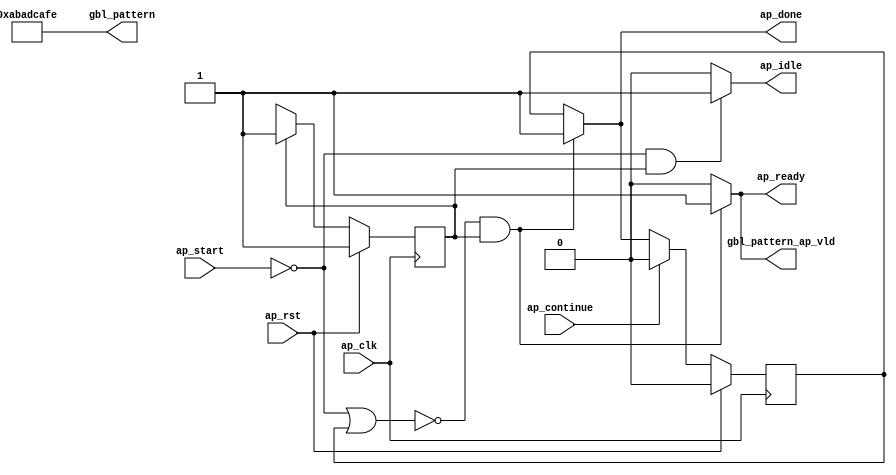
// ==============================================================
// RTL generated by Vivado(TM) HLS - High-Level Synthesis from C, C++ and SystemC
// Version: 2018.1
// Copyright (C) 1986-2018 Xilinx, Inc. All Rights Reserved.
// 
// ===========================================================

`timescale 1 ns / 1 ps 

module update (
        ap_clk,
        ap_rst,
        ap_start,
        ap_done,
        ap_continue,
        ap_idle,
        ap_ready,
        gbl_pattern,
        gbl_pattern_ap_vld
);

parameter    ap_ST_fsm_state1 = 1'd1;

input   ap_clk;
input   ap_rst;
input   ap_start;
output   ap_done;
input   ap_continue;
output   ap_idle;
output   ap_ready;
output  [31:0] gbl_pattern;
output   gbl_pattern_ap_vld;

reg ap_done;
reg ap_idle;
reg ap_ready;
reg gbl_pattern_ap_vld;

reg    ap_done_reg;
(* fsm_encoding = "none" *) reg   [0:0] ap_CS_fsm;
wire    ap_CS_fsm_state1;
reg    ap_block_state1;
reg   [0:0] ap_NS_fsm;

// power-on initialization
initial begin
#0 ap_done_reg = 1'b0;
#0 ap_CS_fsm = 1'd1;
end

always @ (posedge ap_clk) begin
    if (ap_rst == 1'b1) begin
        ap_CS_fsm <= ap_ST_fsm_state1;
    end else begin
        ap_CS_fsm <= ap_NS_fsm;
    end
end

always @ (posedge ap_clk) begin
    if (ap_rst == 1'b1) begin
        ap_done_reg <= 1'b0;
    end else begin
        if ((ap_continue == 1'b1)) begin
            ap_done_reg <= 1'b0;
        end else if ((~((ap_start == 1'b0) | (ap_done_reg == 1'b1)) & (1'b1 == ap_CS_fsm_state1))) begin
            ap_done_reg <= 1'b1;
        end
    end
end

always @ (*) begin
    if ((~((ap_start == 1'b0) | (ap_done_reg == 1'b1)) & (1'b1 == ap_CS_fsm_state1))) begin
        ap_done = 1'b1;
    end else begin
        ap_done = ap_done_reg;
    end
end

always @ (*) begin
    if (((ap_start == 1'b0) & (1'b1 == ap_CS_fsm_state1))) begin
        ap_idle = 1'b1;
    end else begin
        ap_idle = 1'b0;
    end
end

always @ (*) begin
    if ((~((ap_start == 1'b0) | (ap_done_reg == 1'b1)) & (1'b1 == ap_CS_fsm_state1))) begin
        ap_ready = 1'b1;
    end else begin
        ap_ready = 1'b0;
    end
end

always @ (*) begin
    if ((~((ap_start == 1'b0) | (ap_done_reg == 1'b1)) & (1'b1 == ap_CS_fsm_state1))) begin
        gbl_pattern_ap_vld = 1'b1;
    end else begin
        gbl_pattern_ap_vld = 1'b0;
    end
end

always @ (*) begin
    case (ap_CS_fsm)
        ap_ST_fsm_state1 : begin
            ap_NS_fsm = ap_ST_fsm_state1;
        end
        default : begin
            ap_NS_fsm = 'bx;
        end
    endcase
end

assign ap_CS_fsm_state1 = ap_CS_fsm[32'd0];

always @ (*) begin
    ap_block_state1 = ((ap_start == 1'b0) | (ap_done_reg == 1'b1));
end

assign gbl_pattern = 32'd2880293630;

endmodule //update